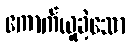
ကောက်ယူခဲ့သော